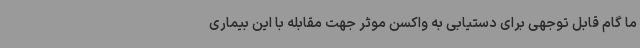
ما گام قابل توجهی برای دستیابی به واکسن موثر جهت مقابله با این بیماری